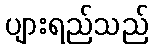
ပျားရည်သည်